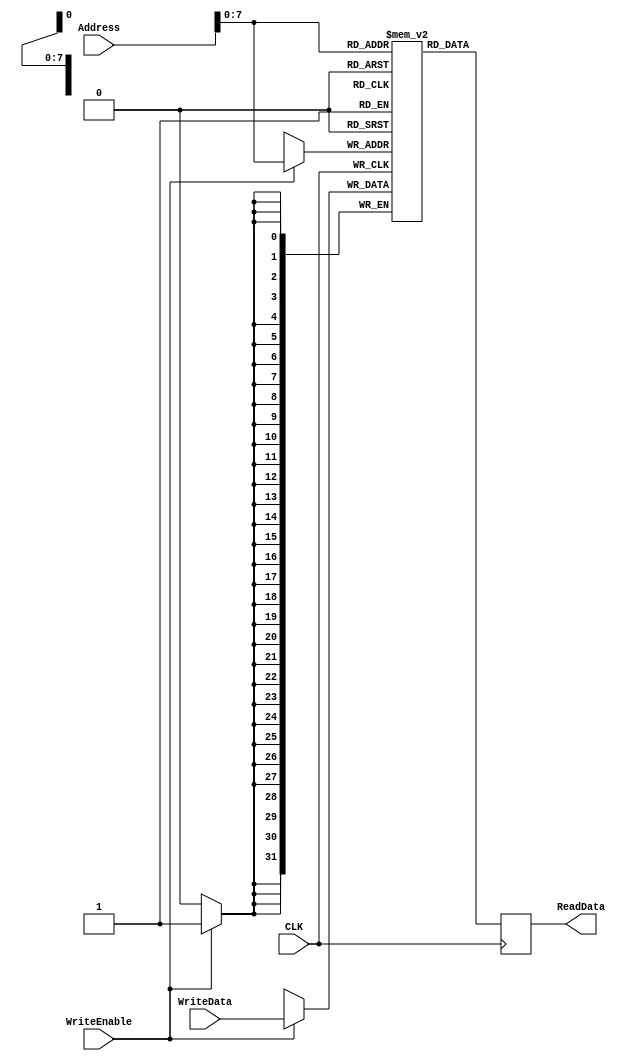
module DataMemory(Address,WriteData,ReadData,WriteEnable,CLK);
//WriteEnable == MemWrite
input WriteEnable,CLK;
input [31:0] Address,WriteData;

output reg [31:0]ReadData;

reg [31:0] memory [0:255];
integer i;

initial begin
	for(i=0;i<256;i=i+1) memory[i]<=0;
end


always@(posedge CLK)
begin
	if(WriteEnable)
		begin
			memory[Address]<= WriteData;
			ReadData <= memory[Address];// hena lazem a3mel store w ab3at ba3daha 3alla shan ana keda keda bab3at data.
		end
	else ReadData <= memory[Address];
end



endmodule